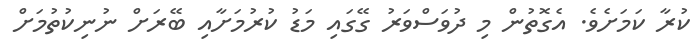
ކުރާ ކަމަށެވެ. އެގޮތުން މި ދުވަސްވަރު ގޭގައި މަޑު ކުރުމަށާއި ބޭރަށް ނުނިކުތުމަށް